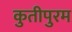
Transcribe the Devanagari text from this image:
कुतीपुरम